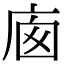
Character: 𢈣